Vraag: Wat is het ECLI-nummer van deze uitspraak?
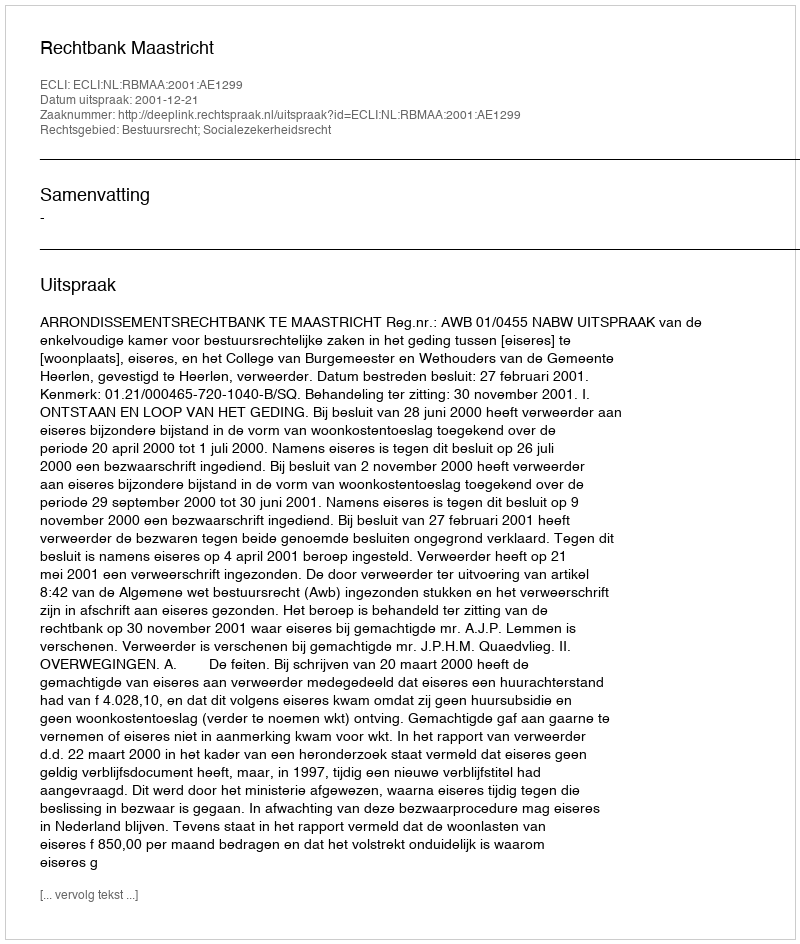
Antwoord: ECLI:NL:RBMAA:2001:AE1299